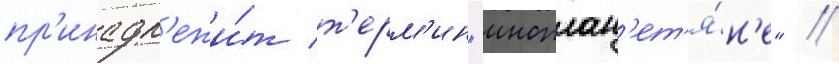
пр'инадл'ежи́т т'ерм'ин "иноплан'ет'я́н'е" //